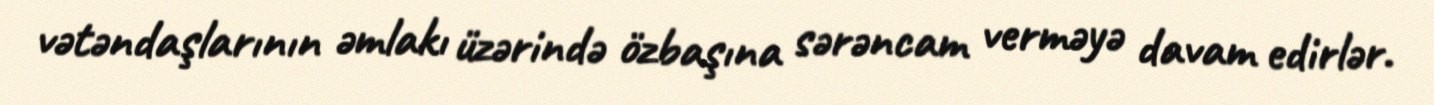
vətəndaşlarının əmlakı üzərində özbaşına sərəncam verməyə davam edirlər.